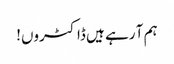
ہم آ رہے ہیں ڈاکٹروں!